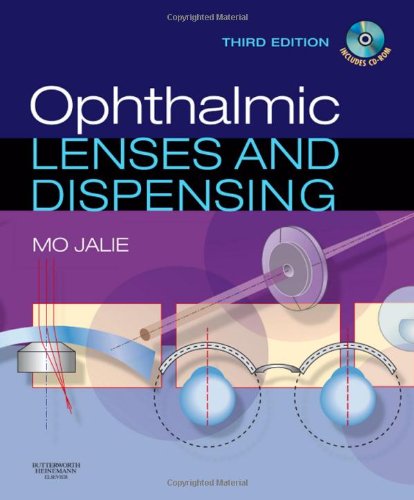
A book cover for Ophthalmic Lenses & Dispensing, 3e; Mo Jalie SMSA  FBDO(Hons)  <i>Hon</i>FCGI  <i>Hon</i>FCOptom  MCMI; Medical Books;